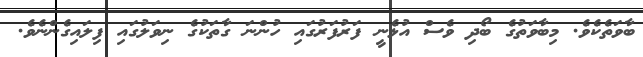
ބާވަތެކެވެ. މިބާވަތުގެ ބޯދި ވެސް އުޅެނީ ފަރުފަރުގައި ހުންނަ ގާތަކުގެ ނިވަލުގައި ފިލައިގެންނެވެ.